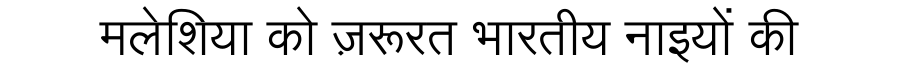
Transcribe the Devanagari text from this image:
मलेशिया को ज़रूरत भारतीय नाइयों की